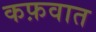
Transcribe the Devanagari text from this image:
कफ़वात